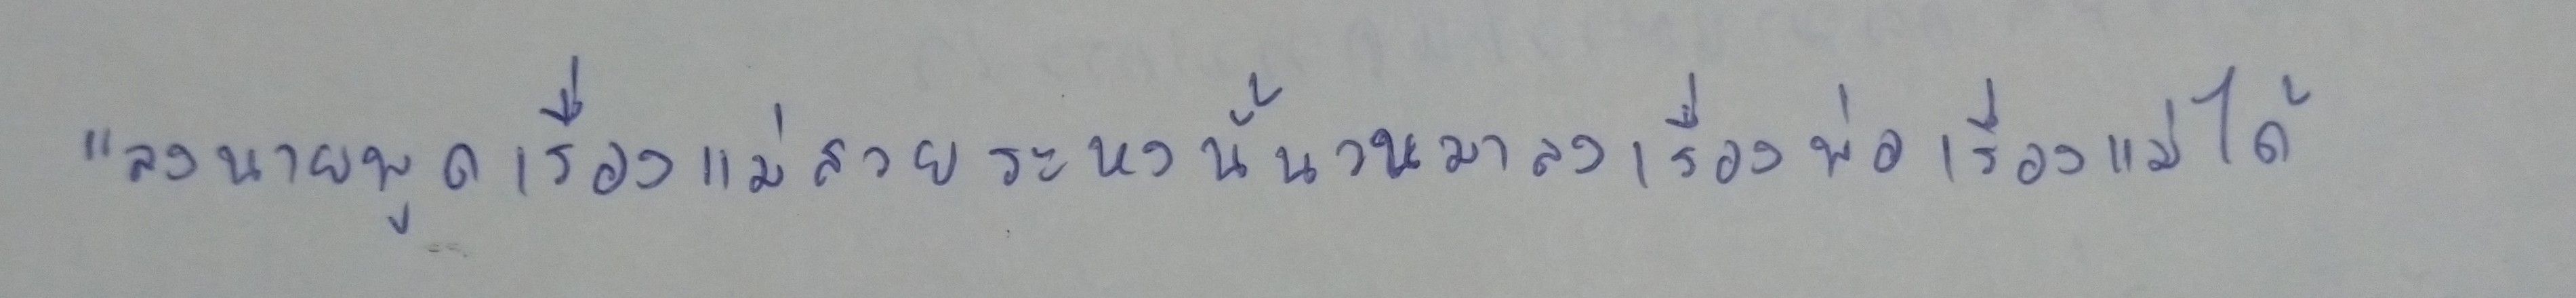
"ลงนายพูดเรื่องแม่สวยระหงนั้นวนมาลงเรื่องพ่อเรื่องแม่ได้